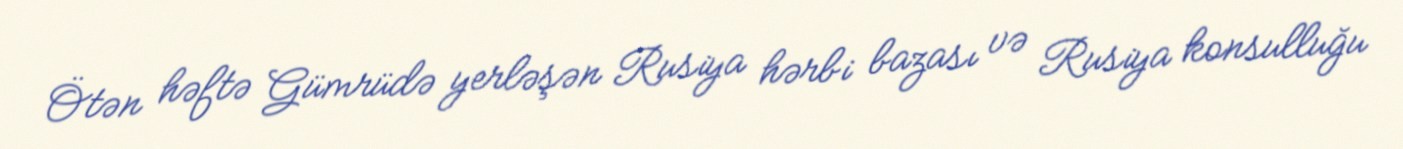
Ötən həftə Gümrüdə yerləşən Rusiya hərbi bazası və Rusiya konsulluğu